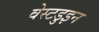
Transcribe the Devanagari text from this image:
वेस्टडुइन